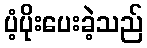
ပံ့ပိုးပေးခဲ့သည်